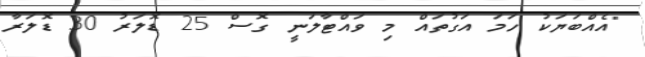
"އެއްބަޔަކު ހަމަ އަގުތައް މި ވައްޓާލަނީ ގޮސް 25 ޑޮލަރު 30 ޑޮލަރާ